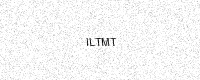
Text: ILTMT